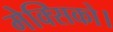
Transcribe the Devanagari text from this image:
मेक्सिको।